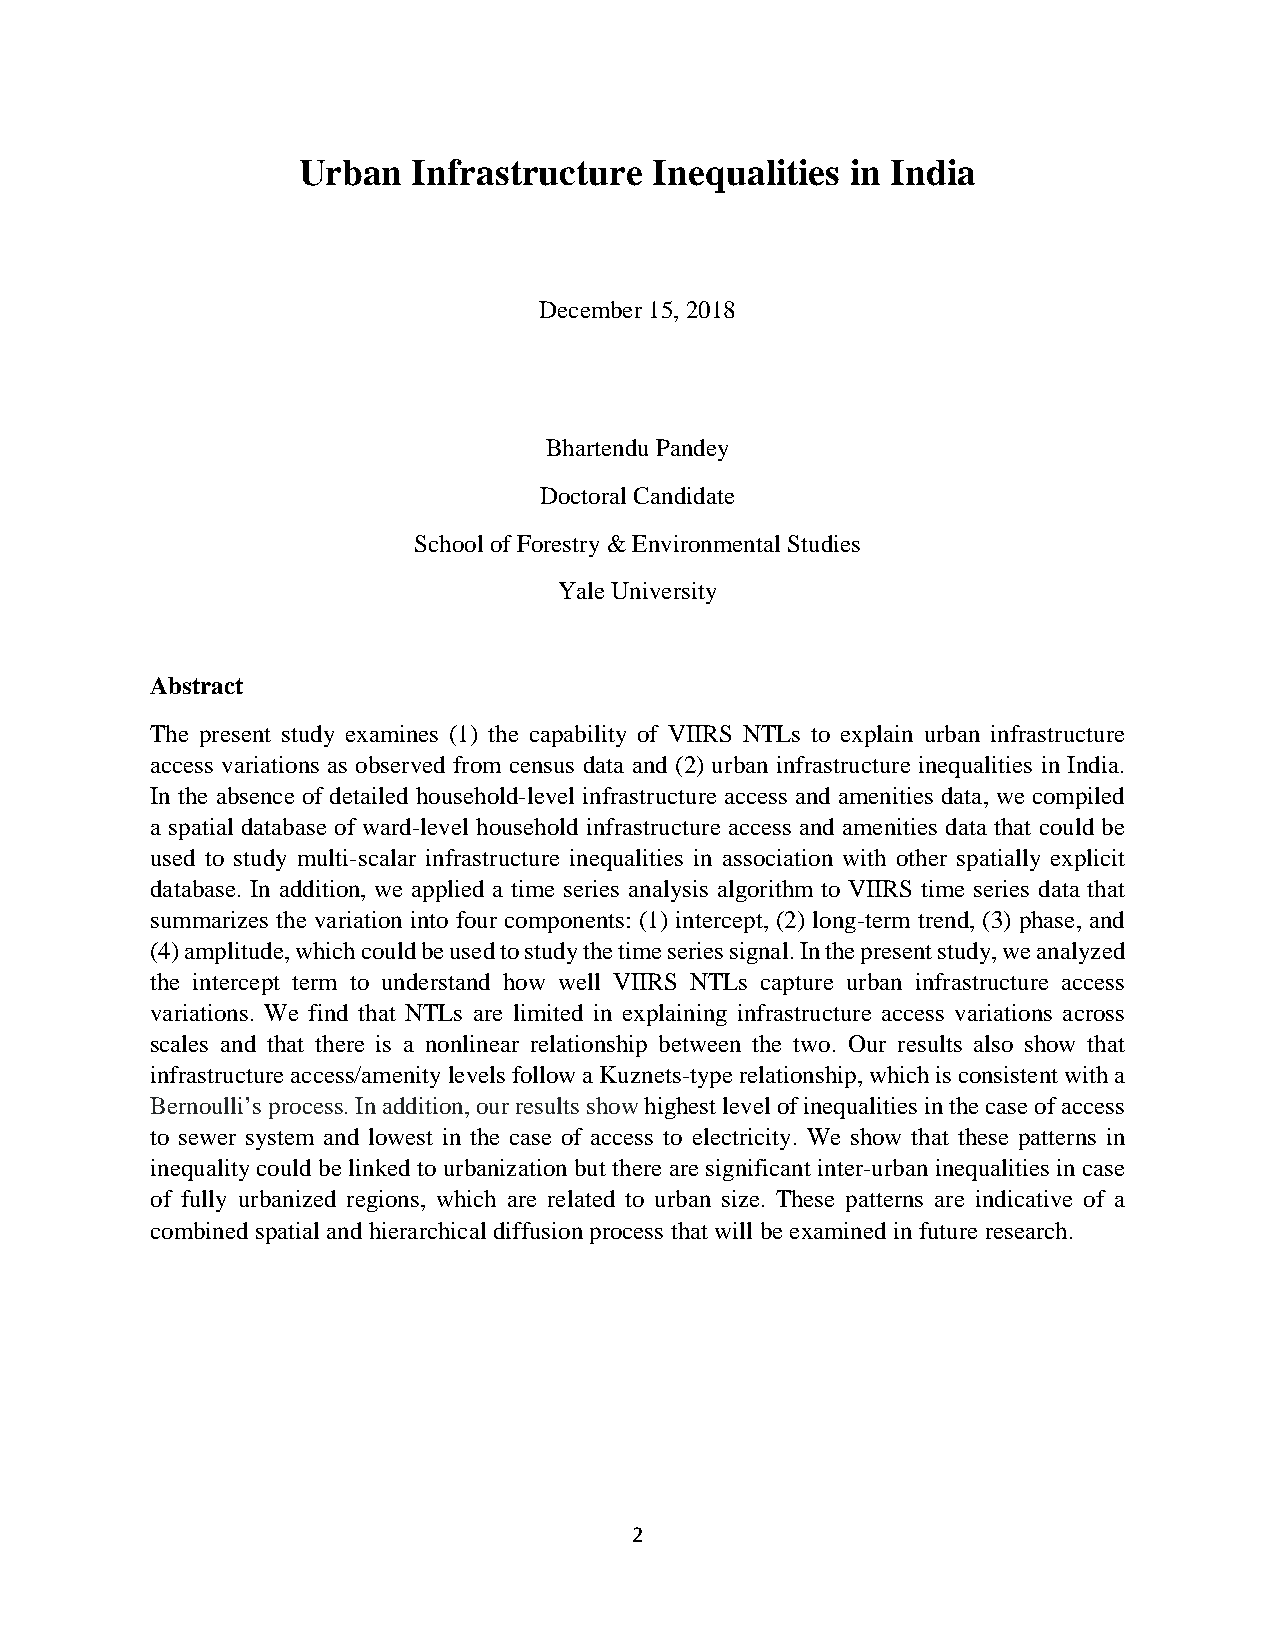
Urban  Infrastructure  Inequalities in India
 December 15, 2018
 Bhartendu Pandey
 Doctoral Candidate
 School of Forestry & Environmental Studies
 Yale University
 Abstract
 The present study examines (1) the capability of VIIRS NTLs to explain urban infrastructure
 access variations as observed from census data and (2) urban infrastructure inequalities in India.
 In the absence of detailed household-level infrastructure access and amenities data, we compiled
 a spatial database of ward-level household infrastructure access and amenities data that could be
 used to study multi-scalar infrastructure inequalities in association with other spatially explicit
 database. In addition, we applied a time series analysis algorithm to VIIRS time series data that
 summarizes the variation into four components: (1) intercept, (2) long-term trend, (3) phase, and
 (4) amplitude, which could be used to study the time series signal. In the present study, we analyzed
 the intercept term to understand how well VIIRS NTLs capture urban infrastructure access
 variations. We find that NTLs are limited in explaining infrastructure access variations across
 scales and that there is a nonlinear relationship between the two. Our results also show that
 infrastructure access/amenity levels follow a Kuznets-type relationship, which is consistent with a
 Bernoulli’s process. In addition, our results show highest level of inequalities in the case of access
 to sewer system and lowest in the case of access to electricity. We show that these patterns in
 inequality could be linked to urbanization but there are significant inter-urban inequalities in case
 of fully urbanized regions, which are related to urban size. These patterns are indicative of a
 combined spatial and hierarchical diffusion process that will be examined in future research.
 2